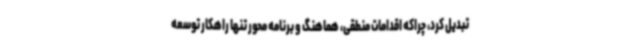
تبدیل کرد، چراکه اقدامات منطقی، هماهنگ و برنامه محور تنها راهکار توسعه